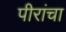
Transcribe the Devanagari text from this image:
पीरांचा